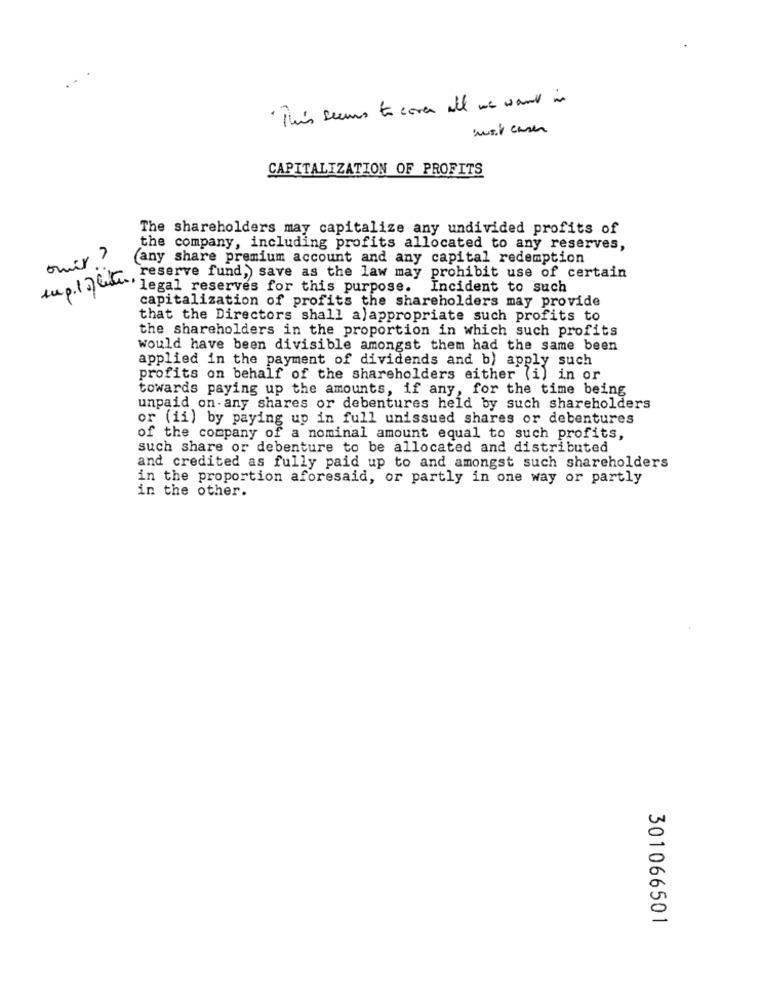
. This seems to cover all we want in
CAPITALIZATION OF PROFITS
The shareholders may capitalize any undivided profits of
the company, including profits allocated to any reserves,
omer ?
any share premium account and any capital redemption
reserve fund, save as the law may prohibit use of certain
legal reserves for this purpose.
Incident to such
capitalization of profits the shareholders may provide
that the Directors shall a) appropriate such profits to
the shareholders in the proportion in which such profits
would have been divisible amongst them had the same been
applied in the payment of dividends and b) apply such
profits on behalf of the shareholders either (i) in or
towards paying up the amounts, if any, for the time being
unpaid on any shares or debentures held by such shareholders
or (ii) by paying up in full unissued shares or debentures
of the company of a nominal amount equal to such profits,
such share or debenture to be allocated and distributed
and credited as fully paid up to and amongst such shareholders
in the proportion aforesaid, or partly in one way or partly
in the other.
301066501